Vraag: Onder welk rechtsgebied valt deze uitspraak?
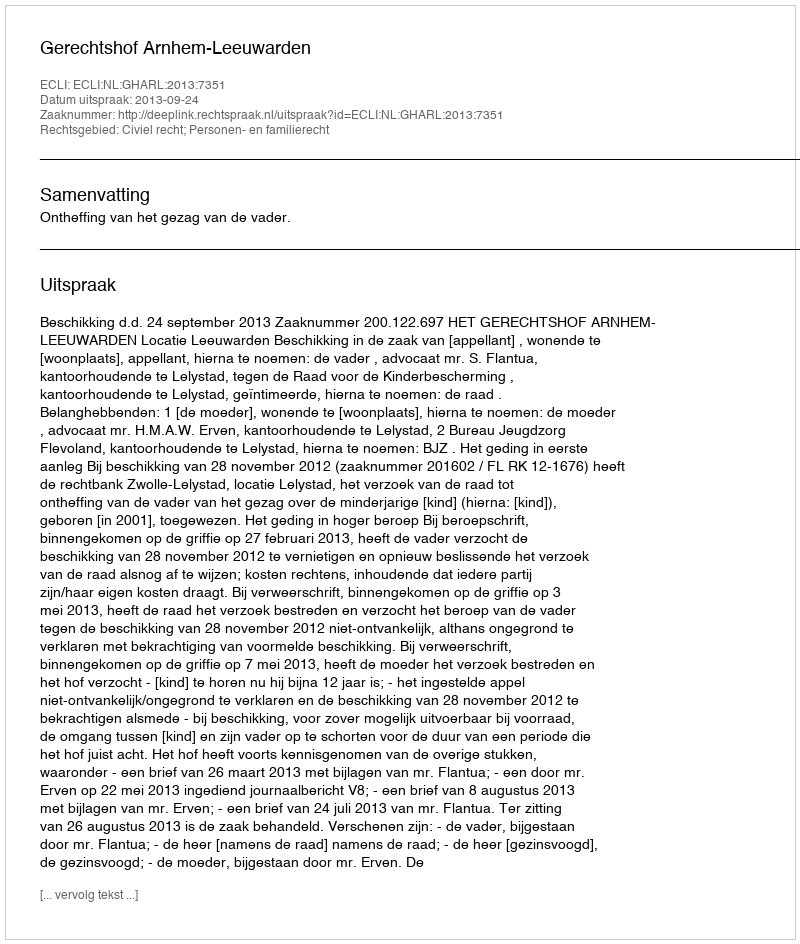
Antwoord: Civiel recht; Personen- en familierecht